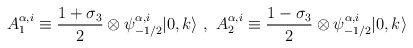
\begin{align*}A_{1}^{\alpha,i} \equiv \frac{1 + \sigma_3}{2} \otimes\psi^{\alpha,i}_{-1/2} |0,k \rangle~,~ A_{2}^{\alpha,i} \equiv \frac{1- \sigma_3}{2} \otimes \psi^{\alpha,i}_{-1/2} |0,k \rangle\end{align*}